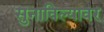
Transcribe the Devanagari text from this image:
सुनाविल्यावर